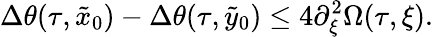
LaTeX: \Delta\theta(\tau,\tilde{x}_{0})-\Delta\theta(\tau,\tilde{y}_{0})\leq 4\partial_{\xi}^{2}\Omega(\tau,\xi).